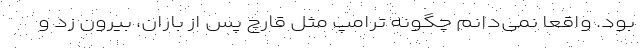
بود. واقعا نمی‌دانم چگونه ترامپ مثل قارچ پس از باران، بیرون زد و